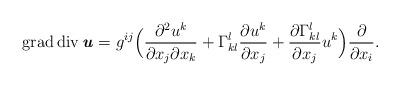
LaTeX: \begin{align*} \operatorname{grad}\operatorname{div} \textbf{\textit{u}} = g^{ij} \Bigl( \frac{\partial^2 u^k}{\partial x_j \partial x_k} + \Gamma^l_{kl}\frac{\partial u^k}{\partial x_j} + \frac{\partial \Gamma^l_{kl}}{\partial x_j} u^k \Bigr) \frac{\partial}{\partial x_i}.\end{align*}